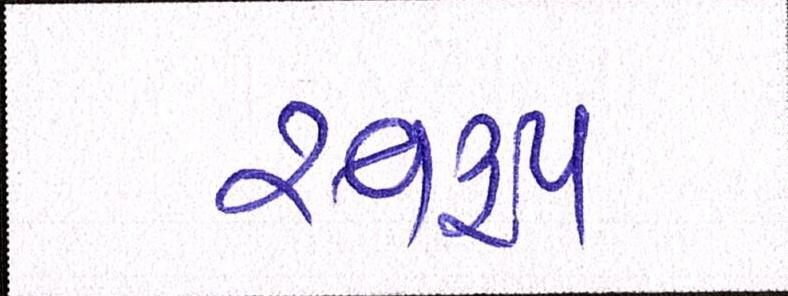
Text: સ્વરૃપ